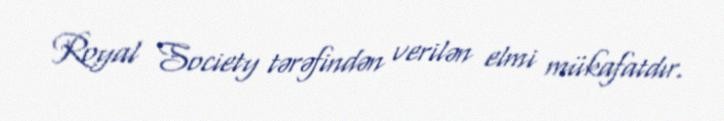
Royal Society tərəfindən verilən elmi mükafatdır.